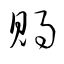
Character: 賜